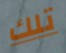
تلك